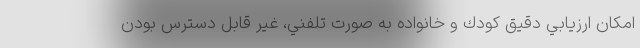
امكان ارزيابي دقيق كودك و خانواده به صورت تلفني، غير قابل دسترس بودن